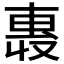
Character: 𫩄